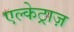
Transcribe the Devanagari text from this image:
एल्केट्राज़